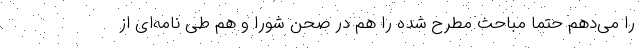
را می‌دهم حتما مباحث مطرح شده را هم در صحن شورا و هم طی نامه‌ای از